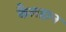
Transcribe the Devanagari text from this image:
कैलहान